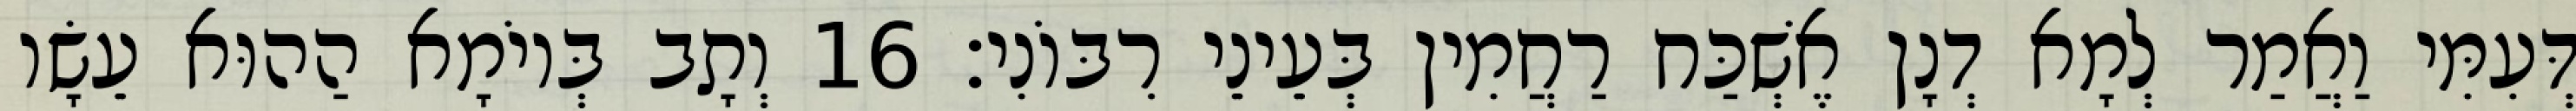
דְּעִמִּי וַאֲמַר לְמָא דְנָן אֶשְׁכַּח רַחֲמִין בְּעֵינֵי רִבּוֹנִי׃ 16 וְתָב בְּיוֹמָא הַהוּא עֵשָׂו